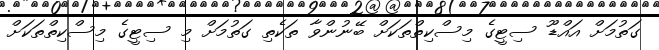
ގަތުމަށް އައްޑޫ ސިޓީގެ މިސްކިތްތަކަށް ބޭނުންވާ ތަކެތި ގަތުމަށް މި ސިޓީގެ މިސްކިތްތަކަށް